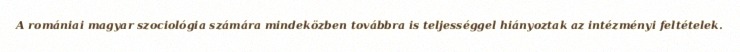
A romániai magyar szociológia számára mindeközben továbbra is teljességgel hiányoztak az intézményi feltételek.